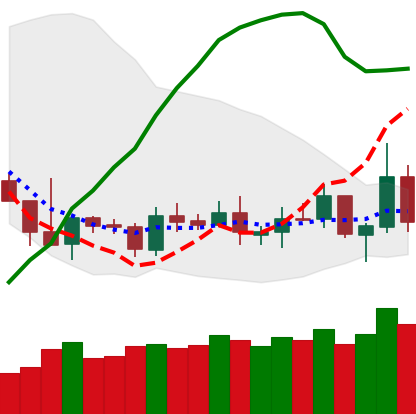
Ticker: TRX-USD
Chart end date: 2019-05-12
Forward return: 14.591%
Label: up_7plus